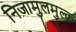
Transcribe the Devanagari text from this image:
निजामुलमुल्क